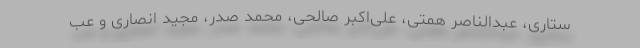
ستاری، عبدالناصر همتی، علی‌اکبر صالحی، محمد صدر، مجید انصاری و عب